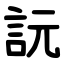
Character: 䛃